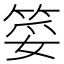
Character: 𮵲